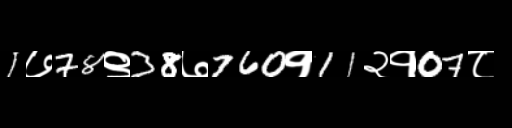
Text: 1७78९38७760१11२१07८